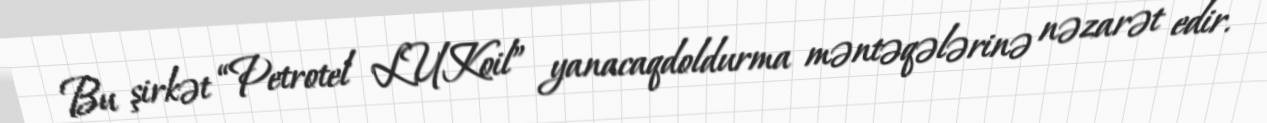
Bu şirkət “Petrotel LUKoil” yanacaqdoldurma məntəqələrinə nəzarət edir.